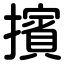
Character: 擯